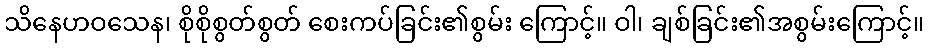
သိနေဟဝသေန၊ စိုစိုစွတ်စွတ် စေးကပ်ခြင်း၏စွမ်း ကြောင့်။ ဝါ၊ ချစ်ခြင်း၏အစွမ်းကြောင့်။